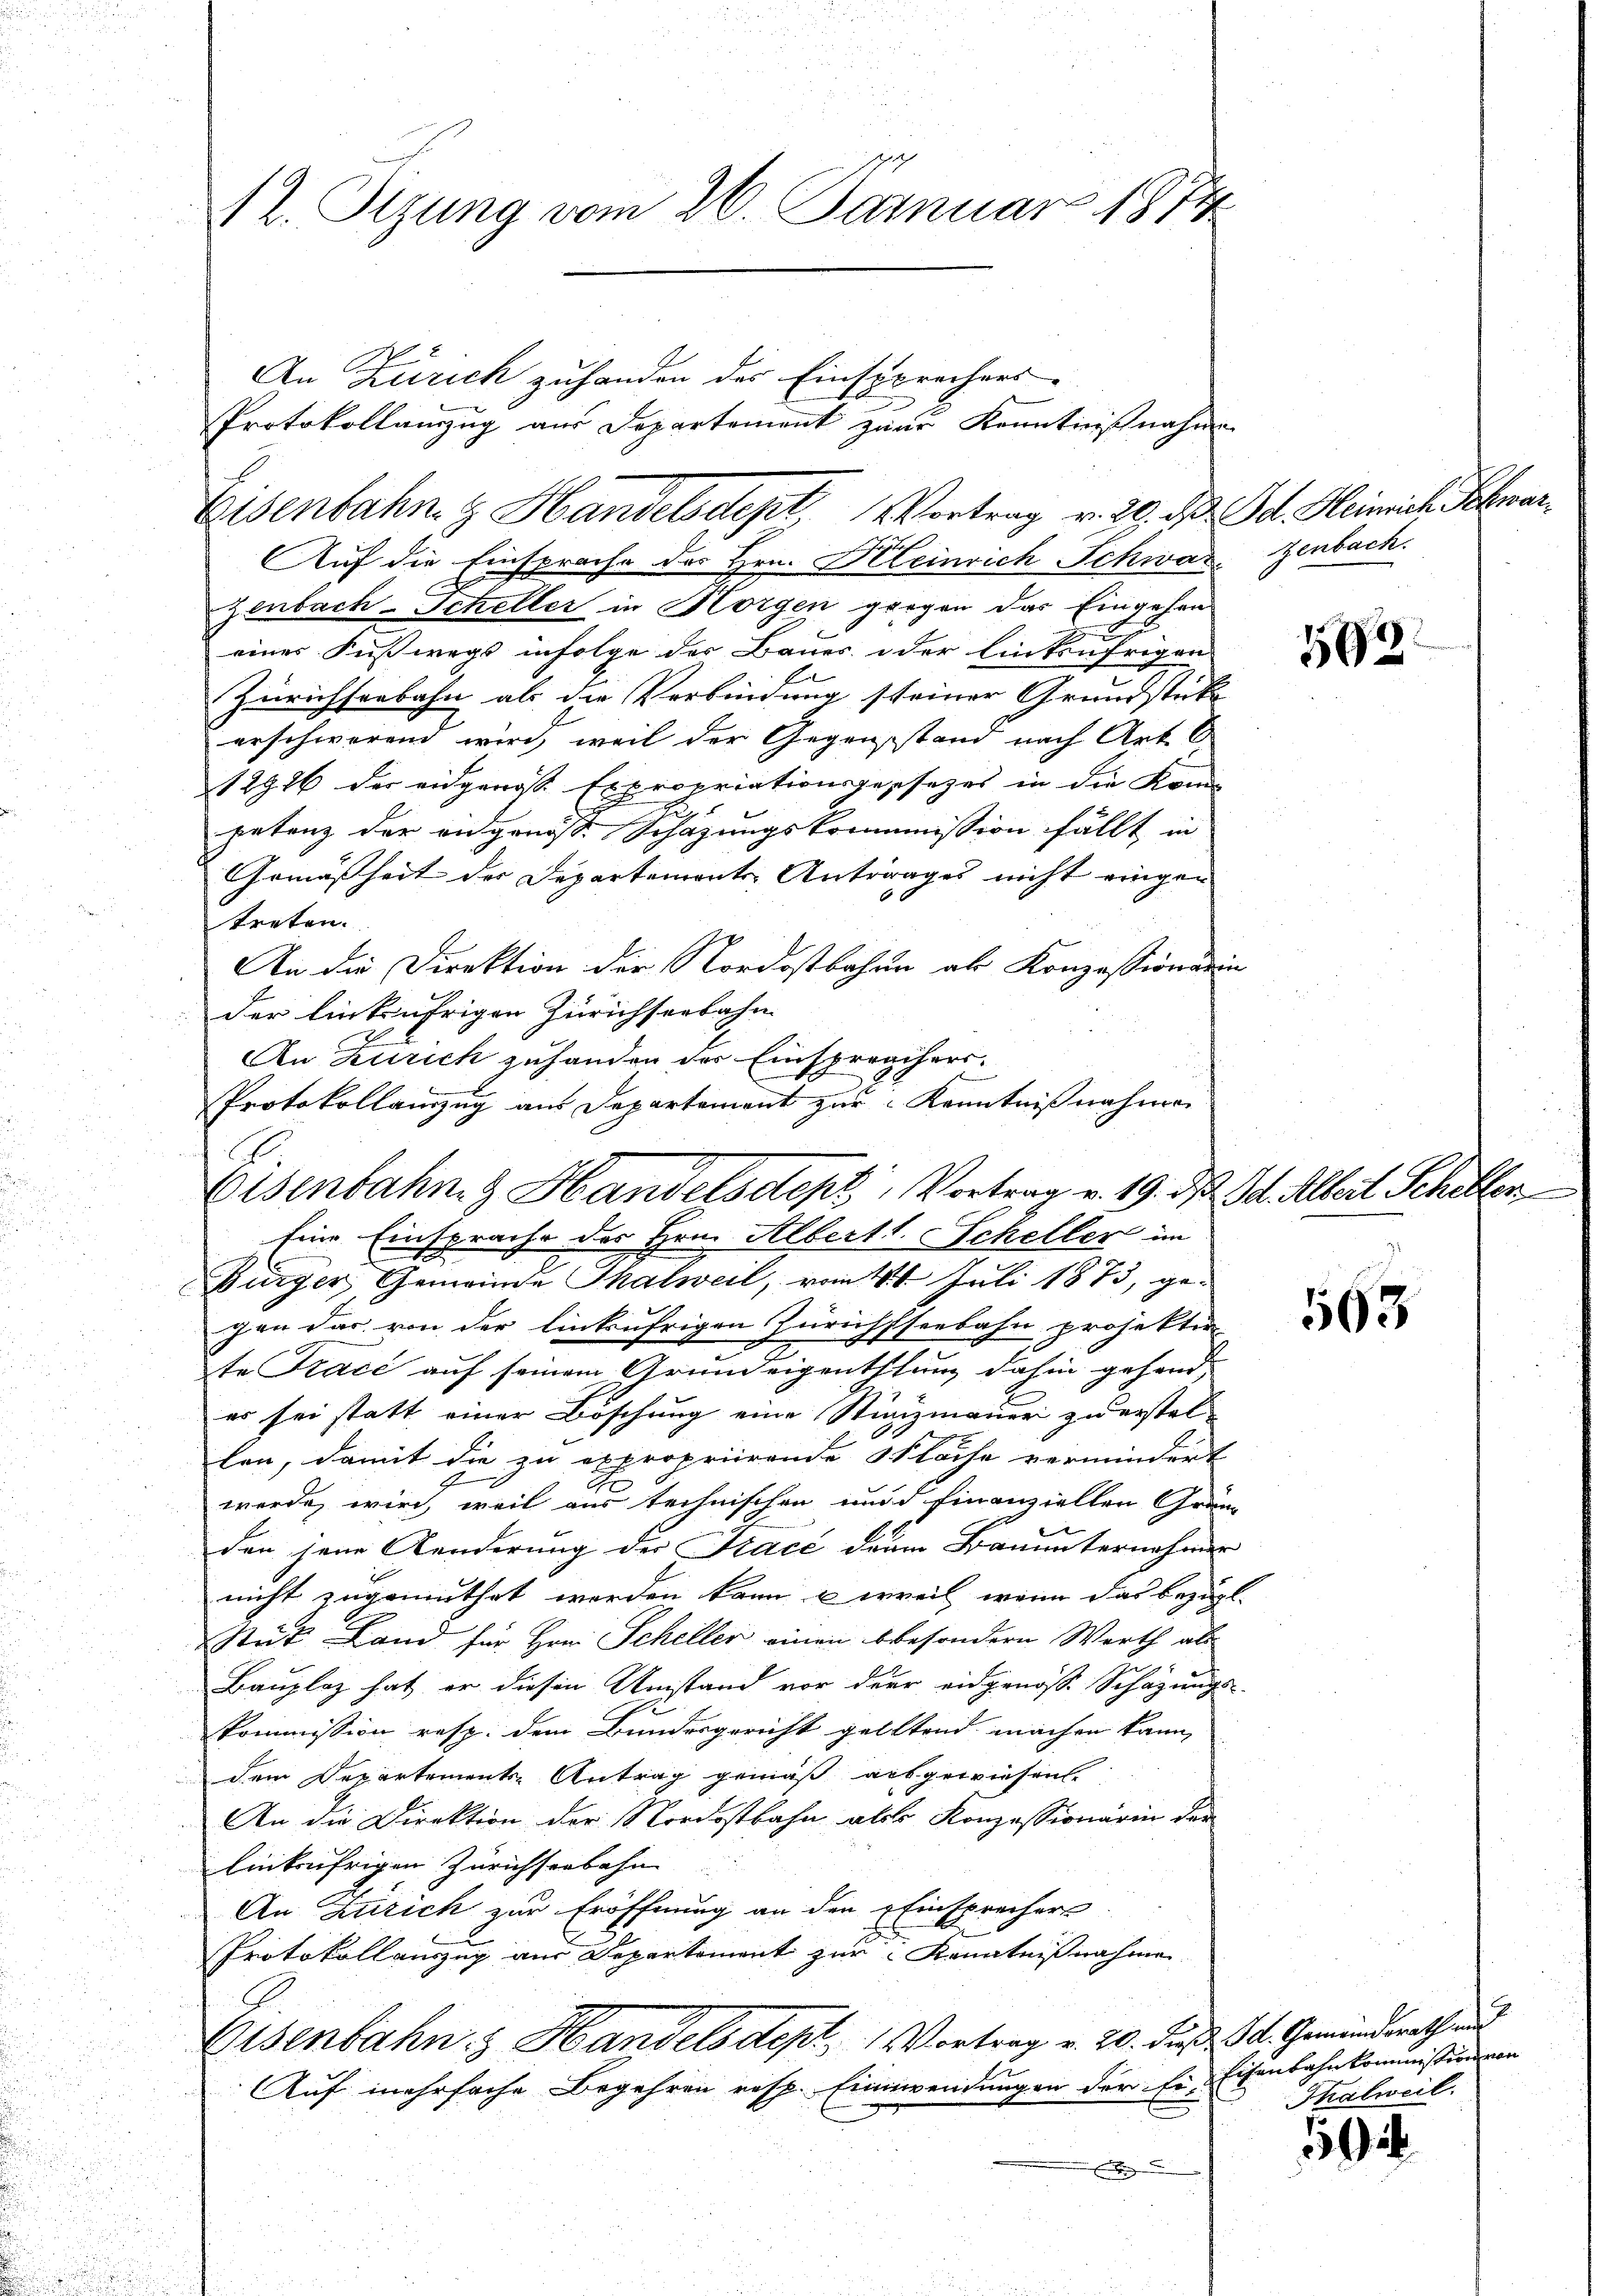
M2. Sizung vom 26. Januar 1874

Eisenbahn z. Handelsdept, Vortrag v. 20. d. d. Heinrich Schwar
Sept.
uf die Einsprache des Hrn. Kleinrich Schwarzenbach.

An Zürich zuhanden des Einsprechens-
Protokollanzug aus Departement zwar Kenntnißnahme

zenbach-Scheller in Horgen gegen das Eingehen
eines Fusswegs infolge der Baues oder Einkenfrigen
Zürichseebahn als die Verbindung steiner Grundstücke
erschwerend wird, weil der Gegenstand nach Art
12926 der eidgenosse Expropriationsgesezes in die Kon-
petanz der eidgenöss. Schazungskommission fällt in
Gemäßheit der Departements-Antrages nicht eingen
treten.
An die Direktion der Nordostbahne als Konzessionsein
der linkufrigen Zürichserbahn
An Zürich zuhanden der Einsprachers.
Protokollamzug aus Departement zur Kenntnißnahmen

Eisenbahn & Handelsstept, Vortrag v. 19. d. Js. Albert Sche
Eine Einsprache des Hrn. Albert l. Scheller im
Bürger Gemeinde Thalweil, vom 11. Juli 1873, ge¬

gen dar von der linkufrigen Zürichsseebahn projekten
te Trace auf seinem Grundeigenthung dahin gehander sei statt einer Böschung eine Stinzmauer zu erstellen, damit die zu expropriirende Fläche vermindert
werde, wird, weil aus technischen und finanziellen Grän
den jene Kinderung der Kacé der Bauunternehmen
nicht zugemuthet worden kann, u weil, wenn das bezügl.
Stück Land für Hrn. Scheller einen besondern Werth als

Bauplaz hat er diesen Umstand vor der eidgenoße Schazungs-
kommission resp. dem Bundesgericht gelltend machen kann,
dem Departements-Antrag gemäß ausgewiesen.
An die Direktion der Nordostbahn als Konzessionären der
linksufrigen Zürichseebahn
An Zürich zur Eröffnung an den Einsprecher
Protokollauszug aus Departement zur Kenntnißnahme
Eisenbahn & Handels dept. 1 Vortrag v. 20. dieß d. Gemeindrath und
Auf mehrfache Begehren resp. Einwendungen der Ein Eisenbahnkommission von

193.

563

9

Thalweil.